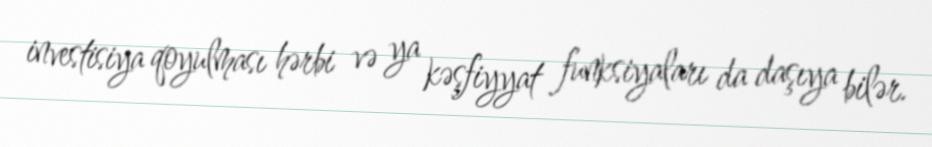
investisiya qoyulması hərbi və ya kəşfiyyat funksiyaları da daşıya bilər.